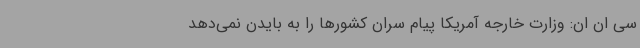
سی ان ان: وزارت خارجه آمریکا پیام سران کشورها را به بایدن نمی‌دهد